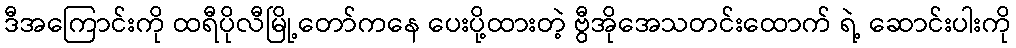
ဒီအကြောင်းကို ထရီပိုလီမြို့တော်ကနေ ပေးပို့ထားတဲ့ ဗွီအိုအေသတင်းထောက် ရဲ့ ဆောင်းပါးကို